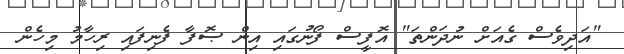
"އަދިވެސް ގެއަށް ނުދަންތަ" އޮފީސް ފޯނުގައި އިން ޞޮފާ ފެނިފައި ރިހާމު މިހެން